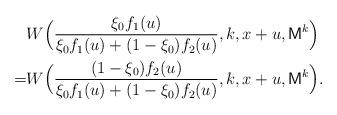
LaTeX: \begin{align*}\begin{aligned} &W\Bigl(\frac{\xi_0f_1(u)}{\xi_0f_1(u)+(1-\xi_0)f_2(u)},k,x+u,\mathsf{M}^{k}\Bigr)\\=&W\Bigl(\frac{(1-\xi_0)f_2(u)}{\xi_0f_1(u)+(1-\xi_0)f_2(u)},k,x+u,\mathsf{M}^{k}\Bigr).\end{aligned}\end{align*}